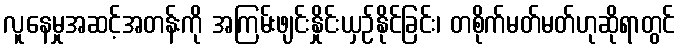
လူနေမှုအဆင့်အတန်းကို အကြမ်းဖျင်းနှိုင်းယှဉ်နိုင်ခြင်း၊ တစိုက်မတ်မတ်ဟုဆိုရာတွင်